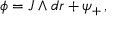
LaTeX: \phi = J \wedge d r + \psi _ { + } \, ,